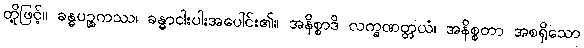
တို့ဖြင့်။ ခန္ဓပဉ္စကဿ၊ ခန္ဓာငါးပါးအပေါင်း၏။ အနိစ္စာဒိ လက္ခဏတ္တယံ၊ အနိစ္စတာ အစရှိသော